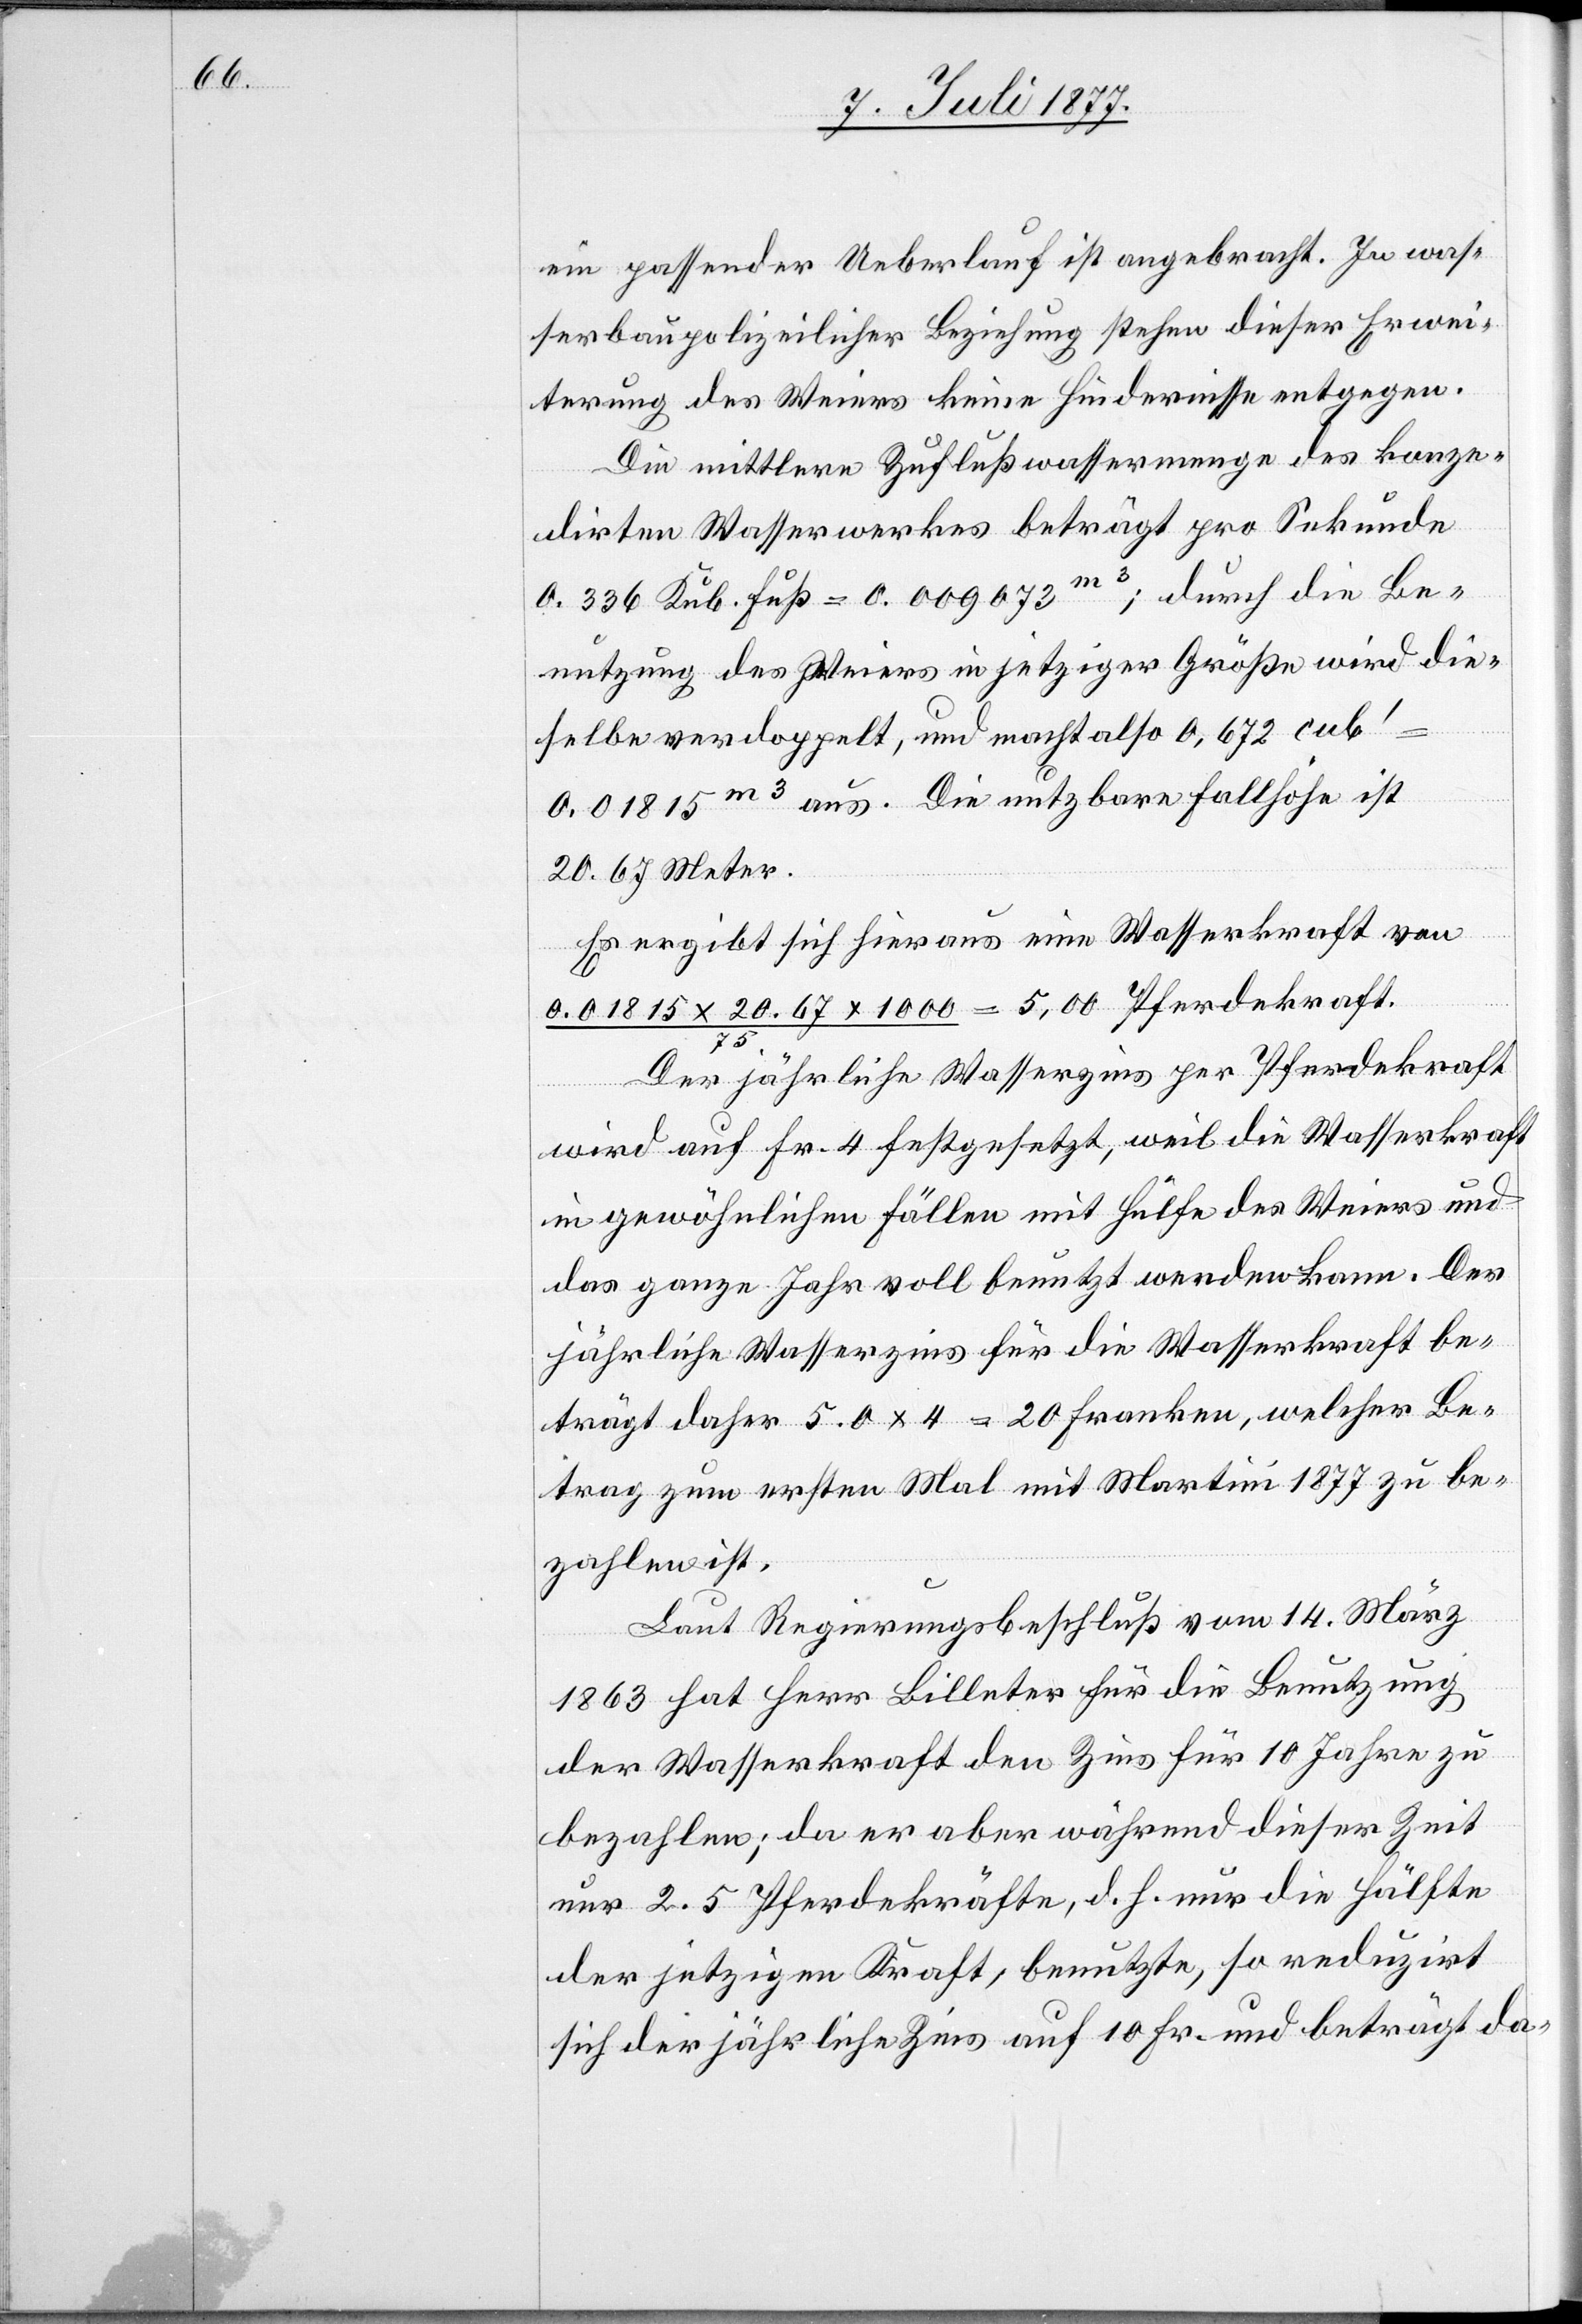
ein passender Ueberlauf ist angebracht. In was¬
serbaupolizeilicher Beziehung stehen dieser Erwei¬
terung des Weiers keine Hindernisse entgegen.
Die mittlere Zuflußwassermenge des konze¬
dirten Wasserwerkes beträgt pro Sekunde
0.336 Kub. Fuß = 0.009073m3; durch die Be¬
nutzung des Weiers in jetziger Größe wird die¬
selbe verdoppelt, und macht also 0,672 cub‘
0,01815m3 aus. Die nutzbare Fallhöhe ist
20.67 Meter.
Es ergibt sich hieraus eine Wasserkraft von
0.01815 x 20.67 x 1000 / 75. = 5,00 Pferdekraft.
Der jährliche Wasserzins per Pferdekraft
wird auf Fr. 4 festgesetzt, weil die Wasserkraft
in gewöhnlichen Fällen mit Hülfe des Weiers und
das ganze Jahr voll benutzt werden kann. Der
jährliche Wasserzins für die Wasserkraft be¬
trägt daher 5.0 x 4 = 20 Franken, welcher Be¬
trag zum ersten Mal mit Martini 1877 zu be¬
zahlen ist.
Laut Regierungsbeschluß vom 14. März
1863 hat Herr Billeter für die Benutzung
der Wasserkraft den Zins für 10 Jahre zu
bezahlen; da er aber während dieser Zeit
nur 2.5 Pferdekräfte, d. h. nur die Hälfte
der jetzigen Kraft, benutzte, so reduzirt
sich der jährliche Zins auf 10 Fr. und beträgt da-